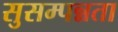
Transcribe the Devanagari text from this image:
सुसम्पन्नता